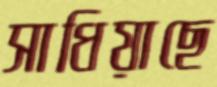
সাধিয়াছে